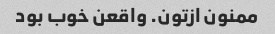
ممنون ازتون. واقعن خوب بود